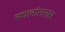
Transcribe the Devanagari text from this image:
स्थलांतरास